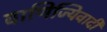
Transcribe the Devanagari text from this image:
वाणिज्यिवादी